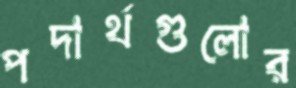
পদার্থগুলোর